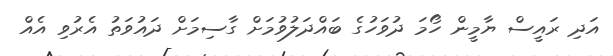
އަދި ރައީސް ޔާމީން ހޯމަ ދުވަހުގެ ބައްދަލުވުމަށް ގާސިމަށް ދައުވަތު އެރުވި އެއް